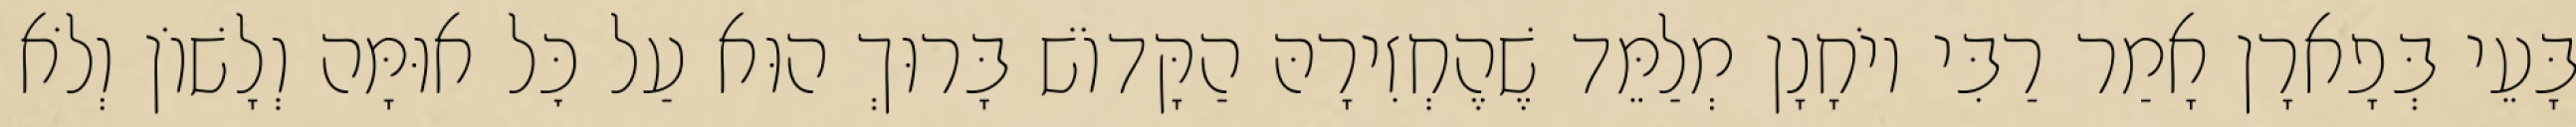
בָּעֵי בְּפָארָן אָמַר רַבִּי יוֹחָנָן מְלַמֵּד שֶׁהֶחְזִירָהּ הַקָּדוֹשׁ בָּרוּךְ הוּא עַל כׇּל אוּמָּה וְלָשׁוֹן וְלֹא